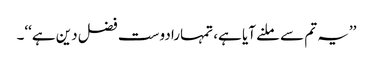
’’یہ تم سے ملنے آیا ہے، تمہارا دوست فضل دین ہے‘‘۔